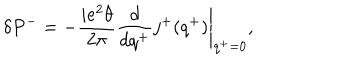
LaTeX: \delta P ^ { - } = - \frac { i e ^ { 2 } \theta } { 2 \pi } \left. \frac { d } { d q ^ { + } } j ^ { + } ( q ^ { + } ) \right| _ { q ^ { + } = 0 } ,